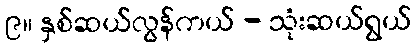
၉။ နှစ်ဆယ်လွန်ကယ် - သုံးဆယ်ရွယ်